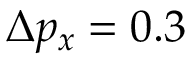
\Delta { p } _ { x } = 0 . 3